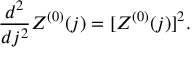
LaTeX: \frac { d ^ { 2 } } { d j ^ { 2 } } Z ^ { ( 0 ) } ( j ) = [ Z ^ { ( 0 ) } ( j ) ] ^ { 2 } .